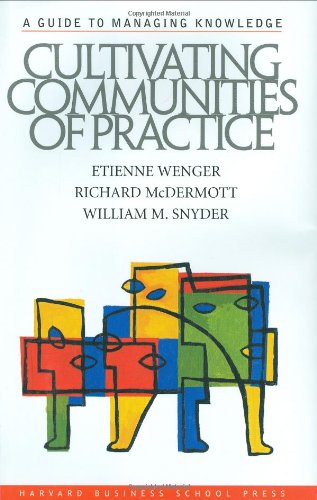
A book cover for Cultivating Communities of Practice; Etienne Wenger; Politics & Social Sciences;